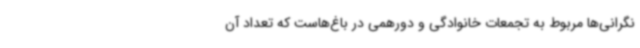
نگرانی‌ها مربوط به تجمعات خانوادگی و دورهمی در باغ‌هاست که تعداد آن